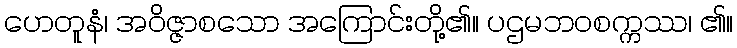
ဟေတူနံ၊ အဝိဇ္ဇာစသော အကြောင်းတို့၏။ ပဌမဘဝစက္ကဿ၊ ၏။